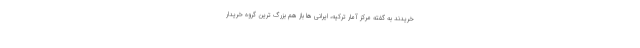
خریدند به گفته مرکز آمار ترکیه، ایرانی ها باز هم بزرگ ترین گروه خریدار